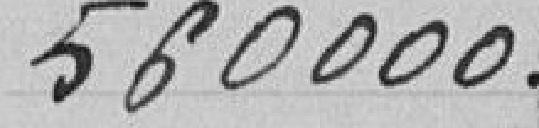
Municipal du 20 mars 1909, approuvée par décret du Président